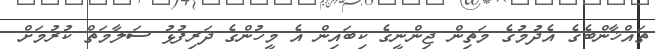
ތައްޚާންބެގެ އެދުމުގެ މަތިން ޖިންނީގެ ކިބައިން އެ މީހުންގެ ދަރިފުޅު ސަލާމަތް ކުރުމަށް